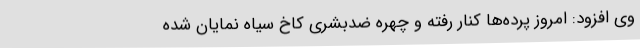
وی افزود: امروز پرده‌ها کنار رفته و چهره ضدبشری کاخ سیاه نمایان شده